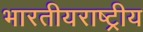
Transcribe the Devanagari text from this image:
भारतीयराष्ट्रीय